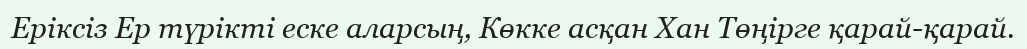
Еріксіз Ер түрікті еске аларсың, Көкке асқан Хан Төңірге қарай-қарай.